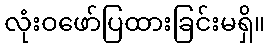
လုံးဝဖော်ပြထားခြင်းမရှိ။